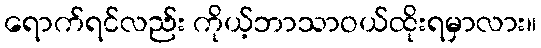
ရောက်ရင်လည်း ကိုယ့်ဘာသာဝယ်ထိုးရမှာလား။